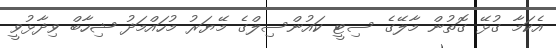
އެކަމާ ގުޅޭ ގޮތުން މާލޭގެ ސިޓީ ކައުންސިލްގެ މޭޔަރު މުހައްމަދު ޝިހާބް ވިދާޅުވީ